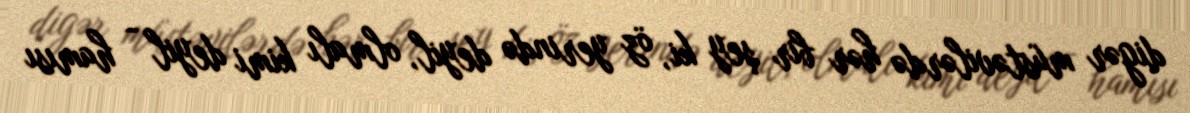
digər müstəvilərdə hər bir şey ki, öz yerində deyil, olmalı kimi deyil - hamısı